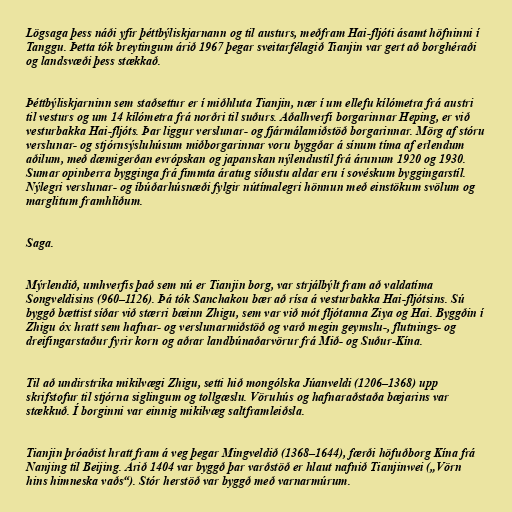
Lögsaga þess náði yfir þéttbýliskjarnann og til austurs, meðfram Hai-fljóti ásamt höfninni í
Tanggu. Þetta tók breytingum árið 1967 þegar sveitarfélagið Tianjin var gert að borghéraði
og landsvæði þess stækkað.

Þéttbýliskjarninn sem staðsettur er í miðhluta Tianjin, nær í um ellefu kílómetra frá austri
til vesturs og um 14 kílómetra frá norðri til suðurs. Aðalhverfi borgarinnar Heping, er við
vesturbakka Hai-fljóts. Þar liggur verslunar- og fjármálamiðstöð borgarinnar. Mörg af stóru
verslunar- og stjórnsýsluhúsum miðborgarinnar voru byggðar á sínum tíma af erlendum
aðilum, með dæmigerðan evrópskan og japanskan nýlendustíl frá árunum 1920 og 1930.
Sumar opinberra bygginga frá fimmta áratug síðustu aldar eru í sovéskum byggingarstíl.
Nýlegri verslunar- og íbúðarhúsnæði fylgir nútímalegri hönnun með einstökum svölum og
marglitum framhliðum.

Saga.

Mýrlendið, umhverfis það sem nú er Tianjin borg, var strjálbýlt fram að valdatíma
Songveldisins (960–1126). Þá tók Sanchakou bær að rísa á vesturbakka Hai-fljótsins. Sú
byggð bættist síðar við stærri bæinn Zhigu, sem var við mót fljótanna Ziya og Hai. Byggðin í
Zhigu óx hratt sem hafnar- og verslunarmiðstöð og varð megin geymslu-, flutnings- og
dreifingarstaður fyrir korn og aðrar landbúnaðarvörur frá Mið- og Suður-Kína.

Til að undirstrika mikilvægi Zhigu, setti hið mongólska Júanveldi (1206–1368) upp
skrifstofur til stjórna siglingum og tollgæslu. Vöruhús og hafnaraðstaða bæjarins var
stækkuð. Í borginni var einnig mikilvæg saltframleiðsla.

Tianjin þróaðist hratt fram á veg þegar Mingveldið (1368–1644), færði höfuðborg Kína frá
Nanjing til Beijing. Árið 1404 var byggð þar varðstöð er hlaut nafnið Tianjinwei („Vörn
hins himneska vaðs“). Stór herstöð var byggð með varnarmúrum.